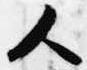
人